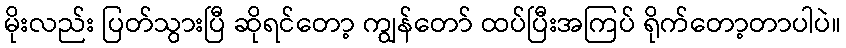
မိုးလည်း ပြတ်သွားပြီ ဆိုရင်တော့ ကျွန်တော် ထပ်ပြီးအကြပ် ရိုက်တော့တာပါပဲ။